Report of the Indian Hemp Drugs Commission, 1894-1895 - Volume VI
Year: 1894
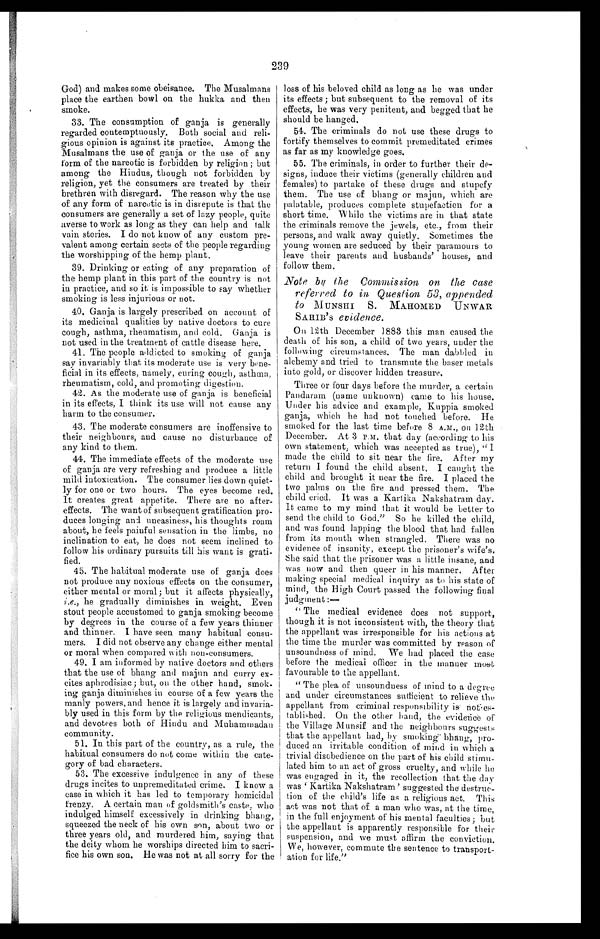
239
God) and makes some obeisance. The Musalmans
place the earthen bowl on the hukka and then
smoke.
33. The consumption of ganja is generally
regarded contemptuously. Both social and reli-
gious opinion is against its practice. Among the
Musalmans the use of ganja or the use of any
form of the narcotic is forbidden by religion; but
among the Hindus, though not forbidden by
religion, yet the consumers are treated by their
brethren with disregard. The reason why the use
of any form of narcotic is in disrepute is that the
consumers are generally a set of lazy people, quite
averse to work as long as they can help and talk
vain stories. I do not know of any custom pre-
valent among certain sects of the people regarding
the worshipping of the hemp plant.
39. Drinking or eating of any preparation of
the hemp plant in this part of the country is not
in practice, and so it is impossible to say whether
smoking is less injurious or not.
40. Ganja is largely prescribed on account of
its medicinal qualities by native doctors to cure I
cough, asthma, rheumatism, and cold. Ganja is
not used in the treatment of cattle disease here.
41. The people addicted to smoking of ganja
say invariably that its moderate use is very bene-
ficial in its effects, namely, curing cough, asthma,
rheumatism, cold, and promoting digestion.
42. As the moderate use of ganja is beneficial
in its effects, I think its use will not cause any
harm to the consumer.
43. The moderate consumers are inoffensive to
their neighbours, and cause no disturbance of
any kind to them.
44. The immediate effects of the moderate use
of ganja are very refreshing and produce a little
mild intoxication. The consumer lies down quiet-
ly for one or two hours. The eyes become red.
It creates great appetite. There are no after-
effects. The want of subsequent gratification pro-
duces longing and uneasiness, his thoughts roam
about, he feels painful sensation in the limbs, no
inclination to eat, he does not seem inclined to
follow his ordinary pursuits till his want is grati-
fied.
45. The habitual moderate use of ganja does
not produce any noxious effects on the consumer,
either mental or moral; but it affects physically,
i.e., he gradually diminishes in weight. Even
stout people accustomed to ganja smoking become
by degrees in the course of a few years thinner
and thinner. I have seen many habitual consu-
mers. I did not observe any change either mental
or moral when compared with non-consumers.
49. I am informed by native doctors and others
that the use of bhang and majun and curry ex-
cites aphrodisiac; but, on the other hand, smok-
ing ganja diminishes in course of a few years the
manly powers, and hence it is largely and invaria-
bly used in this form by the religious mendicants,
and devotees both of Hindu and Muhammadan
community.
51. In this part of the country, as a rule, the
habitual consumers do not come within the cate-
gory of bad characters.
53. The excessive indulgence in any of these
drugs incites to unpremeditated crime. I know a
c a s e i n w h i c h i t h a s l e d t o t e m p o r a r y h o m i c i d a l
frenzy. A certain man of goldsmith's caste, who
indulged himself excessively in drinking bhang,
squeezed the neck of his own son, about two or
three years old, and murdered him, saying that
the deity whom he worships directed him to sacri-
fice his own son. He was not at all sorry for the
loss of his beloved child as long as he was under
its effects ; but subsequent to the removal of its
effects, he was very penitent, and begged that he
should be hanged.
54. The criminals do not use these drugs to
fortify themselves to commit premeditated crimes
as far as my knowledge goes.
55. The criminals, in order to further their de-
signs, induce their victims (generally children and
females) to partake of these drugs and stupefy
them. The use of bhang or majun, which are
palatable, produces complete stupefaction for a
short time. While the victims are in that state
the criminals remove the jewels, etc., from their
persons, and walk away quietly. Sometimes the
young women are seduced by their paramours to
leave their parents and husbands' houses, and
follow them.
Note by the Commission on the case
referred to in Question 53, appended
to M UNSHI S. MAHOMED UNWAR
SAHIB ' S evidence.
On 12th December 1883 this man caused the
death of his son, a child of two years, under the
following circumstances. The man dabbled in
alchemy and tried to transmute the baser metals
into gold, or discover hidden treasure.
Three or four days before the murder, a certain
Pandaram (name unknown) came to his house.
Under his advice and example, Kuppia smoked
ganja, which he had not touched before. He
smoked for the last time before 8 A.M., on 12th
December. At 3 P.M. that day (according to his
own statement, which was accepted as true), "I
made the child to sit near the fire. After my
return I found the child absent. I caught the
child and brought it near the fire. I placed the
two palms on the fire and pressed them. The
child cried. It was a Kartika Nakshatram day.
It came to my mind that it would be better to
send the child to God." So he killed the child,
and was found lapping the blood that had fallen
from its mouth when strangled. There was no
evidence of insanity, except the prisoner's wife's.
She said that the prisoner was a little insane, and
was now and then queer in his manner. After
making special medical inquiry as to his state of
mind, the High Court passed the following final
judgment:—
"The medical evidence does not support,
though it is not inconsistent with, the theory that
the appellant was irresponsible for his actions at
the time the murder was committed by reason of
unsoundness of mind. We had placed the case
before the medical officer in the manner most
favourable to the appellant.
" The plea of unsoundness of mind to a degree
and under circumstances sufficient to relieve the
appellant from criminal responsibility is notes
tablished. On the other hand, the evidence of
the Village Munsif and the neighbours suggests
that the appellant had, by smoking bhang, pro-
duced an irritable condition of mind in which a
trivial disobedience on the part of his child stimu-
lated him to an act of gross cruelty, and while he
was engaged in it, the recollection that the day
wa s ' Ka r t i k a Na k s h a t r a m' s u g g e s t e d t h e
destruction of the child's life as a religious act. This
act was not that of a man who was, at the time,
in the full enjoyment of his mental faculties; but
the appellant is apparently responsible for their
suspension, and we must affirm the conviction.
We, however, commute the sentence to transport-
– a t i o n f o r l i f e . "